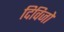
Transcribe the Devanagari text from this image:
दिविजो